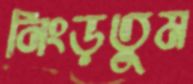
নিংড়তুম